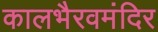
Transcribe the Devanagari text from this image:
कालभैरवमंदिर